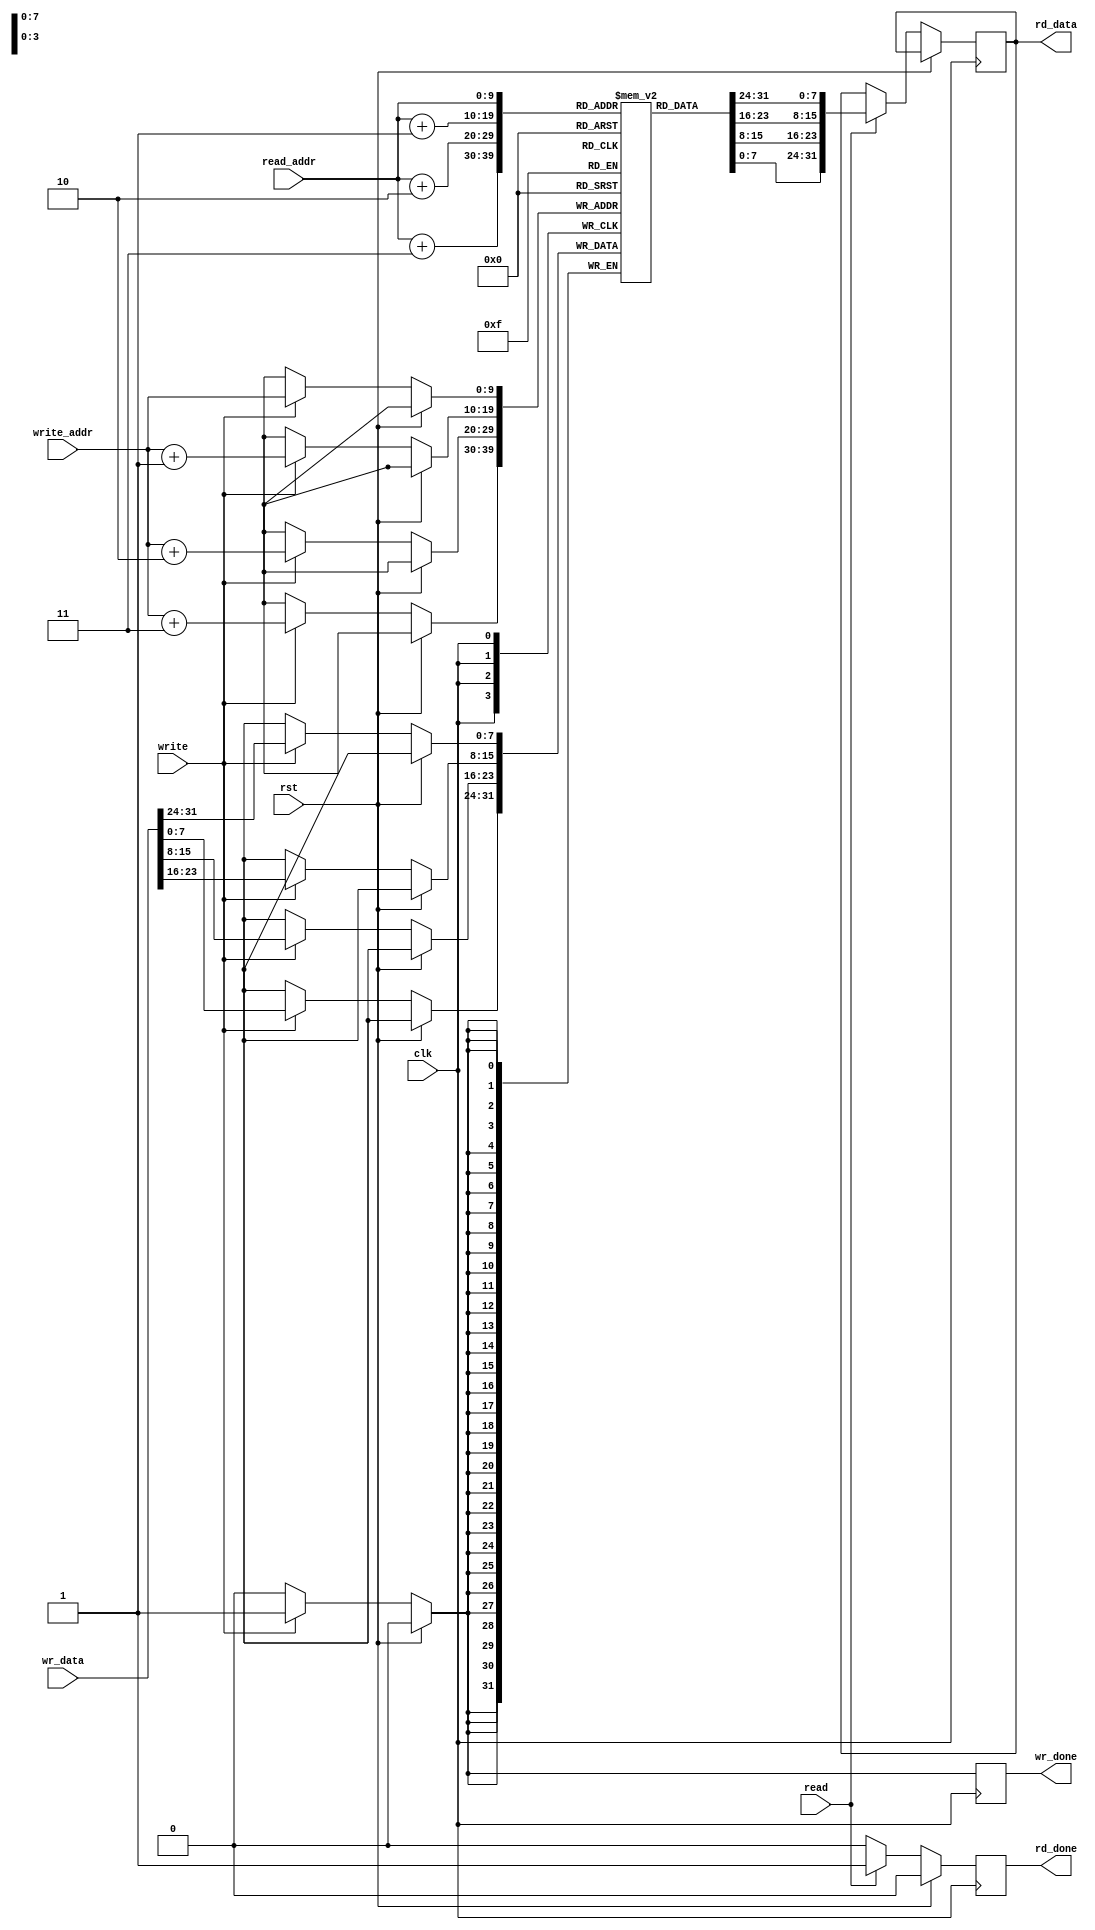
`timescale 1ns / 1ps

module memory(
    input clk,
    input rst,
    input read,
    input write,
    input [31:0] wr_data,
    input [9:0] write_addr, read_addr,
    output reg [31:0] rd_data,
    output reg wr_done,rd_done
    );
    parameter ADDR_WIDTH =10;
    parameter mem_size =1023;
    parameter DATA_WIDTH = 7 ;
    
    reg [DATA_WIDTH:0] temp_mem[0:mem_size];
    always @(posedge clk)
    begin
        if(rst)
        begin
            wr_done<=0;
            rd_done<=0;
        end
        else
        begin
            if(write)
                begin
                temp_mem[write_addr] <= wr_data[31:24];
                temp_mem[write_addr+1] <= wr_data[23:16];
                temp_mem[write_addr+2] <= wr_data[15:8];
                temp_mem[write_addr+3] <= wr_data[7:0];
                wr_done <=1;
                end
            else
                begin
                wr_done<=0;
                end
            if(read)
                begin
                rd_data <= {{temp_mem[read_addr]},{temp_mem[read_addr+1]},{temp_mem[read_addr+2]},{temp_mem[read_addr+3]}};
                rd_done <= 1;
                end
                else
                rd_done<=0;
        end
            end
endmodule